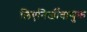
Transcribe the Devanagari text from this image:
लिएनिर्जीवाणुक